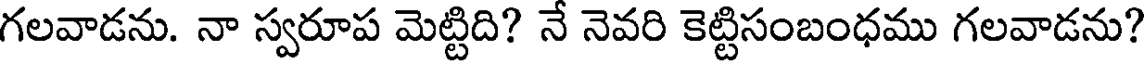
గలవాడను. నా స్వరూప మెట్టిది? నే నెవరి కెట్టిసంబంధము గలవాడను?